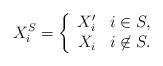
LaTeX: \begin{align*}X^S_i = \left \{ \begin{array}{cc} X_i' & i \in S, \\ X_i & i \not \in S.\end{array} \right.\end{align*}